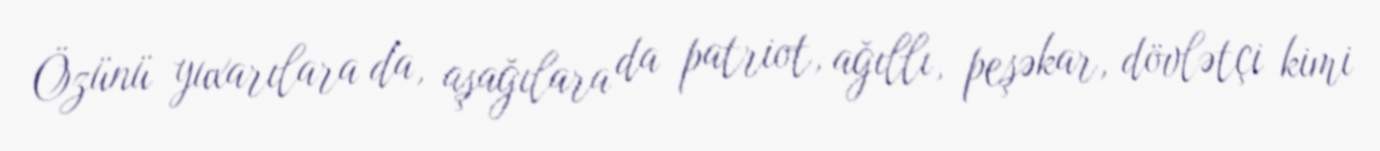
Özünü yuxarılara da, aşağılara da patriot, ağıllı, peşəkar, dövlətçi kimi